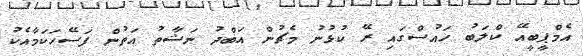
އެމްޕީބީއޭ ކްލަބު ހައުސްގައި ރޭ ކުޅުނު މެޗުން އަބްދު ނަޝާތު އަތުން ފަސޭހަކަމާއެކު